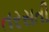
તરસતી